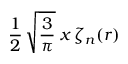
\frac { 1 } { 2 } \, \sqrt { \frac { 3 } { \pi } } \; x \, \zeta _ { n } ( r )